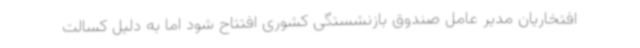
افتخاریان مدیر عامل صندوق بازنشستگی کشوری افتتاح شود اما به دلیل کسالت